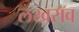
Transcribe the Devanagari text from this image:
लखरॉव